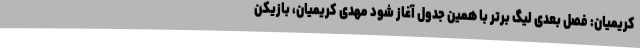
کریمیان: فصل بعدی لیگ برتر با همین جدول آغاز شود مهدی کریمیان، بازیکن